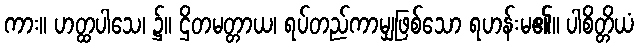
ကား။ ဟတ္ထပါသေ၊ ၌။ ဌိတမတ္တာယ၊ ရပ်တည်ကာမျှဖြစ်သော ရဟန်းမ၏။ ပါစိတ္တိယံ